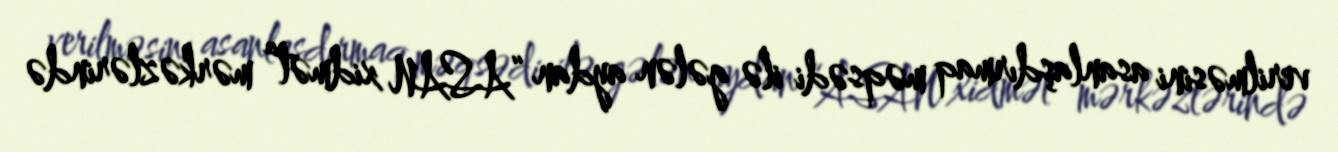
verilməsini asanlaşdırmaq məqsədi ilə gələn aydan “ASAN xidmət” mərkəzlərində